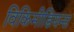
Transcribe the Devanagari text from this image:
विकिमीडियन्स